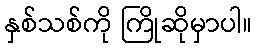
နှစ်သစ်ကို ကြိုဆိုမှာပါ။